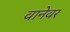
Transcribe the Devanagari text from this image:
वानेवर